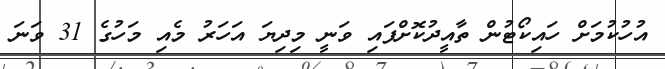
އުހުކުމަށް ހައިކޯޓުން ތާއީދުކޮށްފައި ވަނީ މިދިޔަ އަހަރު މެއި މަހުގެ 31 ވަނަ